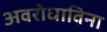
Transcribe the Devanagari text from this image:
अवरोधाविना